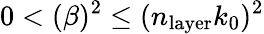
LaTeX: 0<(\beta)^{2}\leq(n_{\mathrm{layer}}k_{0})^{2}